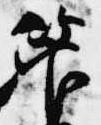
管